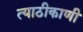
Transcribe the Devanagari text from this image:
त्याठीकाणी